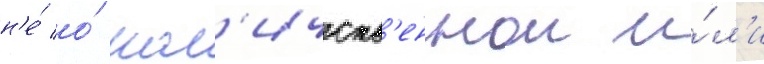
н'е́ о́ кол'ичеств'еннои и́л'и